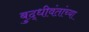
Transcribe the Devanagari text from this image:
बुद्धीवंतांच्या